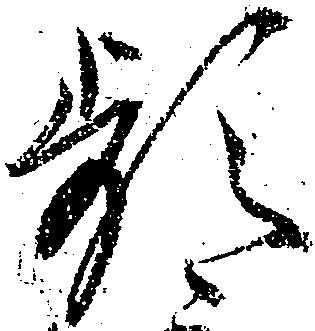
頻